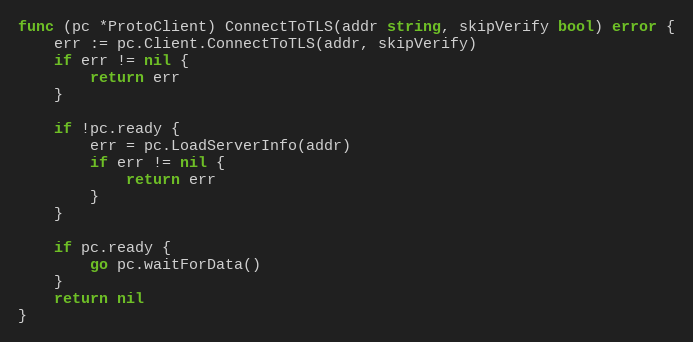
Language: Go
func (pc *ProtoClient) ConnectToTLS(addr string, skipVerify bool) error {
	err := pc.Client.ConnectToTLS(addr, skipVerify)
	if err != nil {
		return err
	}

	if !pc.ready {
		err = pc.LoadServerInfo(addr)
		if err != nil {
			return err
		}
	}

	if pc.ready {
		go pc.waitForData()
	}
	return nil
}